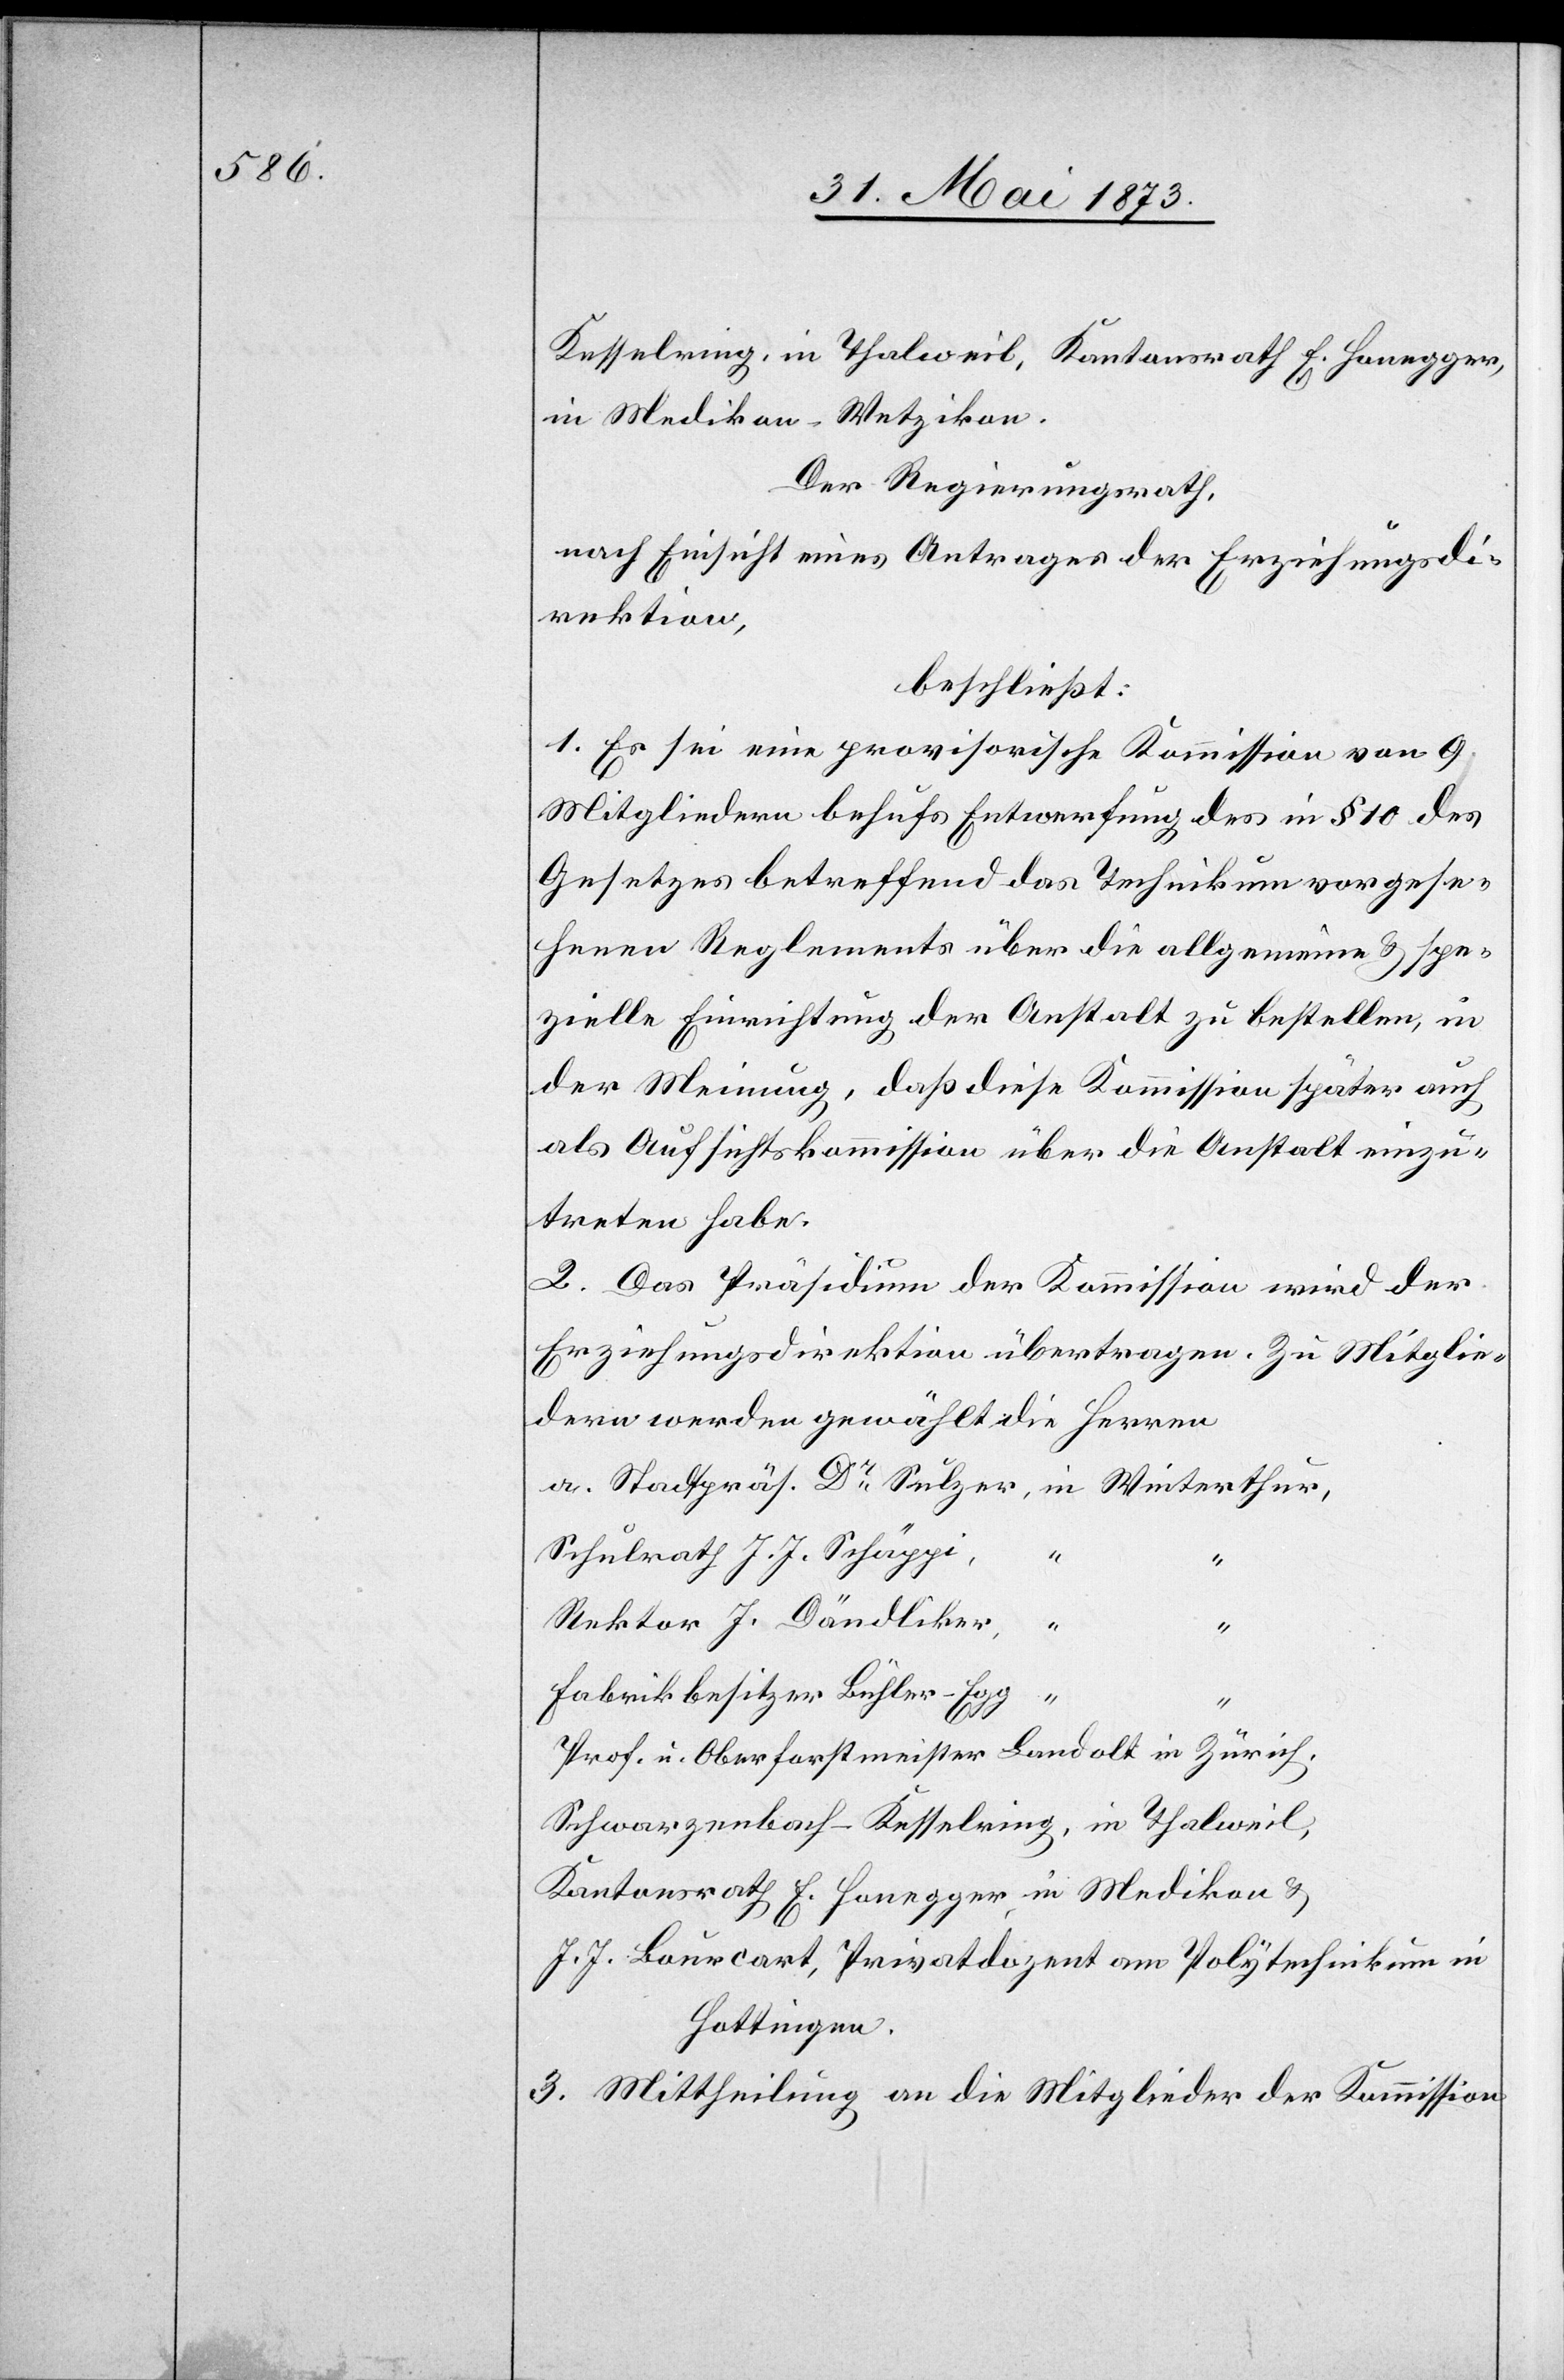
Kesselring, in Thalweil, Kantonsrath E. Honegger,
in Medikon-Wetzikon.
Der Regierungsrath,
nach Einsicht eines Antrages der Erziehungsdi¬
rektion,
beschließt:
1. Es sei eine provisorische Kommission von 9
Mitgliedern behufs Entwerfung des in § 10 des
Gesetzes betreffend das Technikum vorgese¬
henen Reglements über die allgemeine & spe¬
zielle Einrichtung der Anstalt zu bestellen, in
der Meinung, daß diese Kommission später auch
als Aufsichtskommission über die Anstalt einzu¬
treten habe.
2. Das Präsidium der Kommission wird der
Erziehungsdirektion übertragen. Zu Mitglie¬
dern werden gewählt die Herren
a. Stadtpräs. Dr Sulzer, in Winterthur,
Schulrath J. J. Schäppi,
Rektor J. Dändliker, “
“
Fabrikbesitzer Bühler-Egg “
Prof. u. Oberforstmeister Landolt in Zürich,
Schwarzenbach-Kesselring, in Thalweil,
Kantonsrath E. Honegger, in Medikon &
J. J. Bourcart, Privatdozent am Polytechnikum in
Hottingen.
3. Mittheilung an die Mitglieder der Kommission